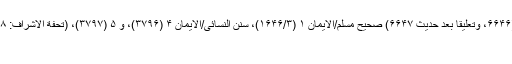
تخریج دارالدعوہ: صحیح البخاری/الأدب ۷۴ (۶۱۰۸)، و الأیمان ۴ (۶۶۴۶، وتعلیقاً بعد حدیث ۶۶۴۷) صحیح مسلم/الأیمان ۱ (۱۶۴۶/۳)، سنن النسائی/الأیمان ۴ (۳۷۹۶)، و ۵ (۳۷۹۷)، (تحفة الأشراف: ۶۸۱۸)، وط/النذور ۹ (۱۴)، و مسند احمد (۲/۱۱، ۳۴، ۹۶) (صحیح)
قال الشيخ الألباني: صحيح، ابن ماجة (2094)